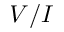
V / I